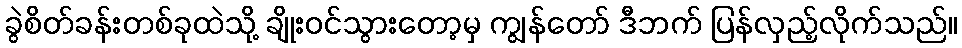
ခွဲစိတ်ခန်းတစ်ခုထဲသို့ ချိုးဝင်သွားတော့မှ ကျွန်တော် ဒီဘက် ပြန်လှည့်လိုက်သည်။